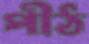
পীঠ